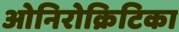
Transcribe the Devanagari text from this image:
ओनिरोक्रिटिका